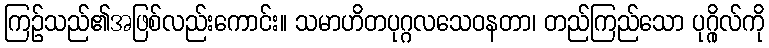
ကြဉ်သည်၏အဖြစ်လည်းကောင်း။ သမာဟိတပုဂ္ဂလသေဝနတာ၊ တည်ကြည်သော ပုဂ္ဂိုလ်ကို